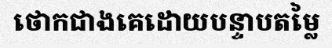
ថោកជាងគេដោយបន្ទាបតម្លៃ